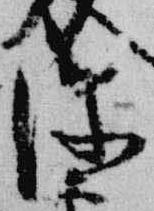
深